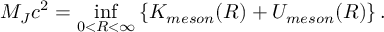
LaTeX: M _ { J } c ^ { 2 } = \operatorname * { i n f } _ { 0 < R < \infty } \left\{ K _ { m e s o n } ( R ) + U _ { m e s o n } ( R ) \right\} .